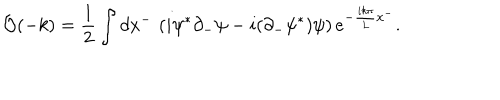
LaTeX: { \cal O } ( - k ) = { \frac { 1 } { 2 } } \int d x ^ { - } \, \left( i \psi ^ { * } \partial _ { - } \psi - i ( \partial _ { - } \psi ^ { * } ) \psi \right) e ^ { - { \frac { i k \pi } { L } } x ^ { - } } .